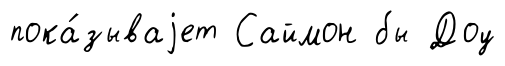
пока́зываjет Саймон бы Доу